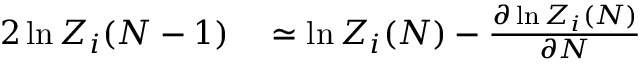
\begin{array} { r l } { { 2 } \ln Z _ { i } ( N - 1 ) } & { { } \simeq \ln Z _ { i } ( N ) - { \frac { \partial \ln Z _ { i } ( N ) } { \partial N } } } \end{array}